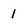
Character: 1